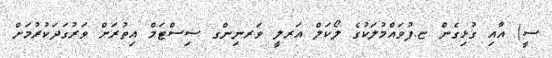
ސީ) އާއި ގުޅިގެން ޏ.ފުވައްމުލަކުގެ ލޯކަލް އަރލީ ވަރނިންގ ސިސްޓަމް އިތުރަށް ވަރުގަދަކުރުމަށް